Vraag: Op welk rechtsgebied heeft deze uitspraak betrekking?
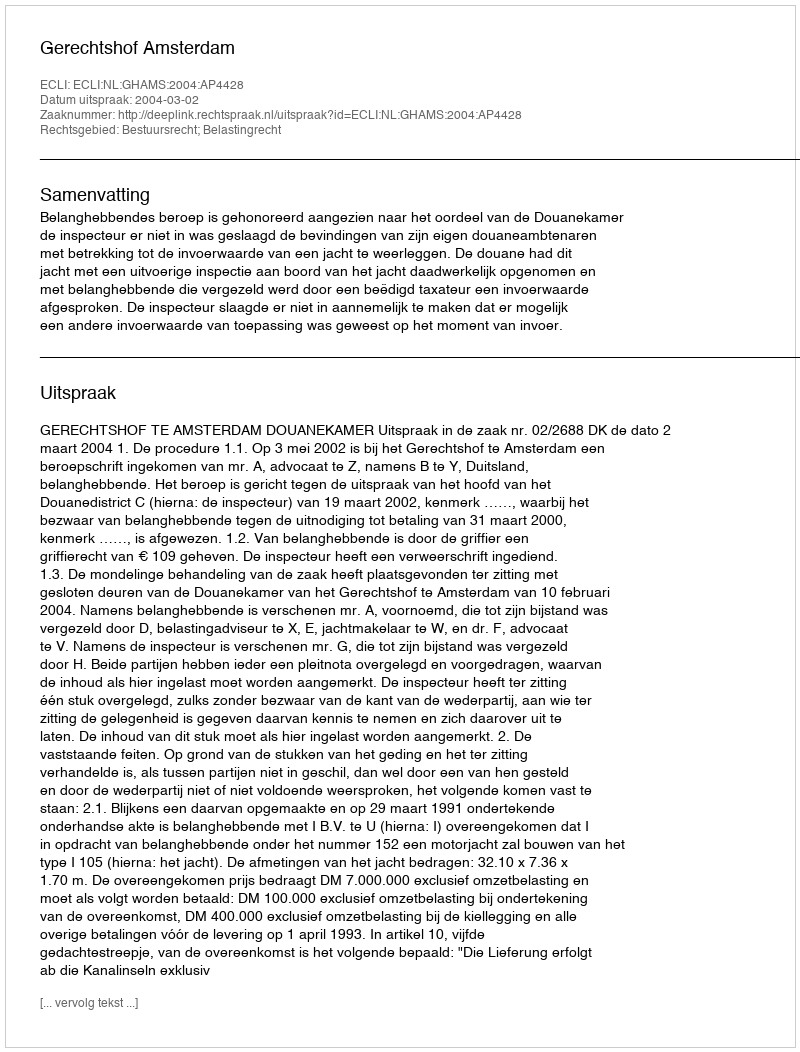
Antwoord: Bestuursrecht; Belastingrecht